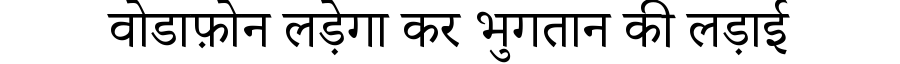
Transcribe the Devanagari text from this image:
वोडाफ़ोन लड़ेगा कर भुगतान की लड़ाई